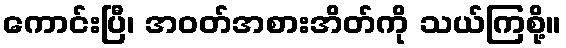
ကောင်းပြီ၊ အဝတ်အစားအိတ်ကို သယ်ကြစို့။